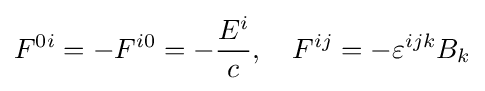
F^{0i}=-F^{i0}=-{\frac {E^{i}}{c}},\quad F^{ij}=-\varepsilon ^{ijk}B_{k}